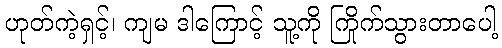
ဟုတ်ကဲ့ရှင့်၊ ကျမ ဒါကြောင့် သူ့ကို ကြိုက်သွားတာပေါ့